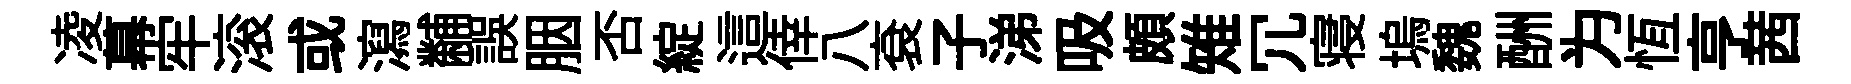
凌幕牢滚或瀉黼誤胭否綻這倖八袞子涕吸頗雉冗寝塢魏酬为恆亨茜